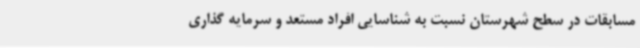
مسابقات در سطح شهرستان نسبت به شناسایی افراد مستعد و سرمایه گذاری